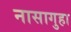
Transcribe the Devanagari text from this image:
नासागुहा